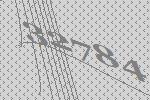
32784